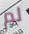
لم